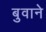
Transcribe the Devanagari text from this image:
बुवाने